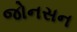
જોનસન